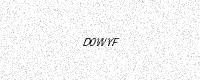
Text: D0WYF